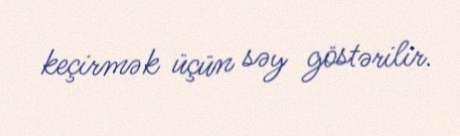
keçirmək üçün səy göstərilir.